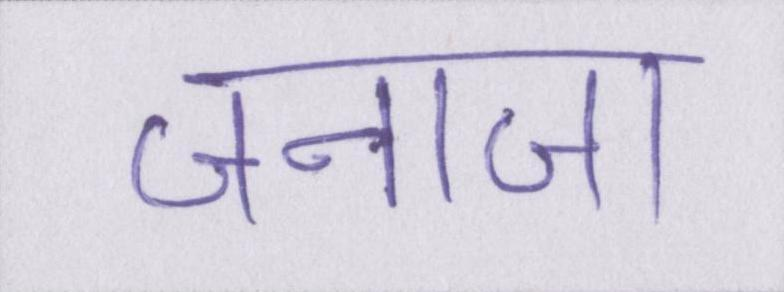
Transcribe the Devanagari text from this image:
जनाजा